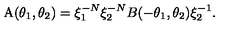
\mathrm { A } ( \theta _ { 1 } , \theta _ { 2 } ) = \xi _ { 1 } ^ { - N } \xi _ { 2 } ^ { - N } B ( - \theta _ { 1 } , \theta _ { 2 } ) \xi _ { 2 } ^ { - 1 } .